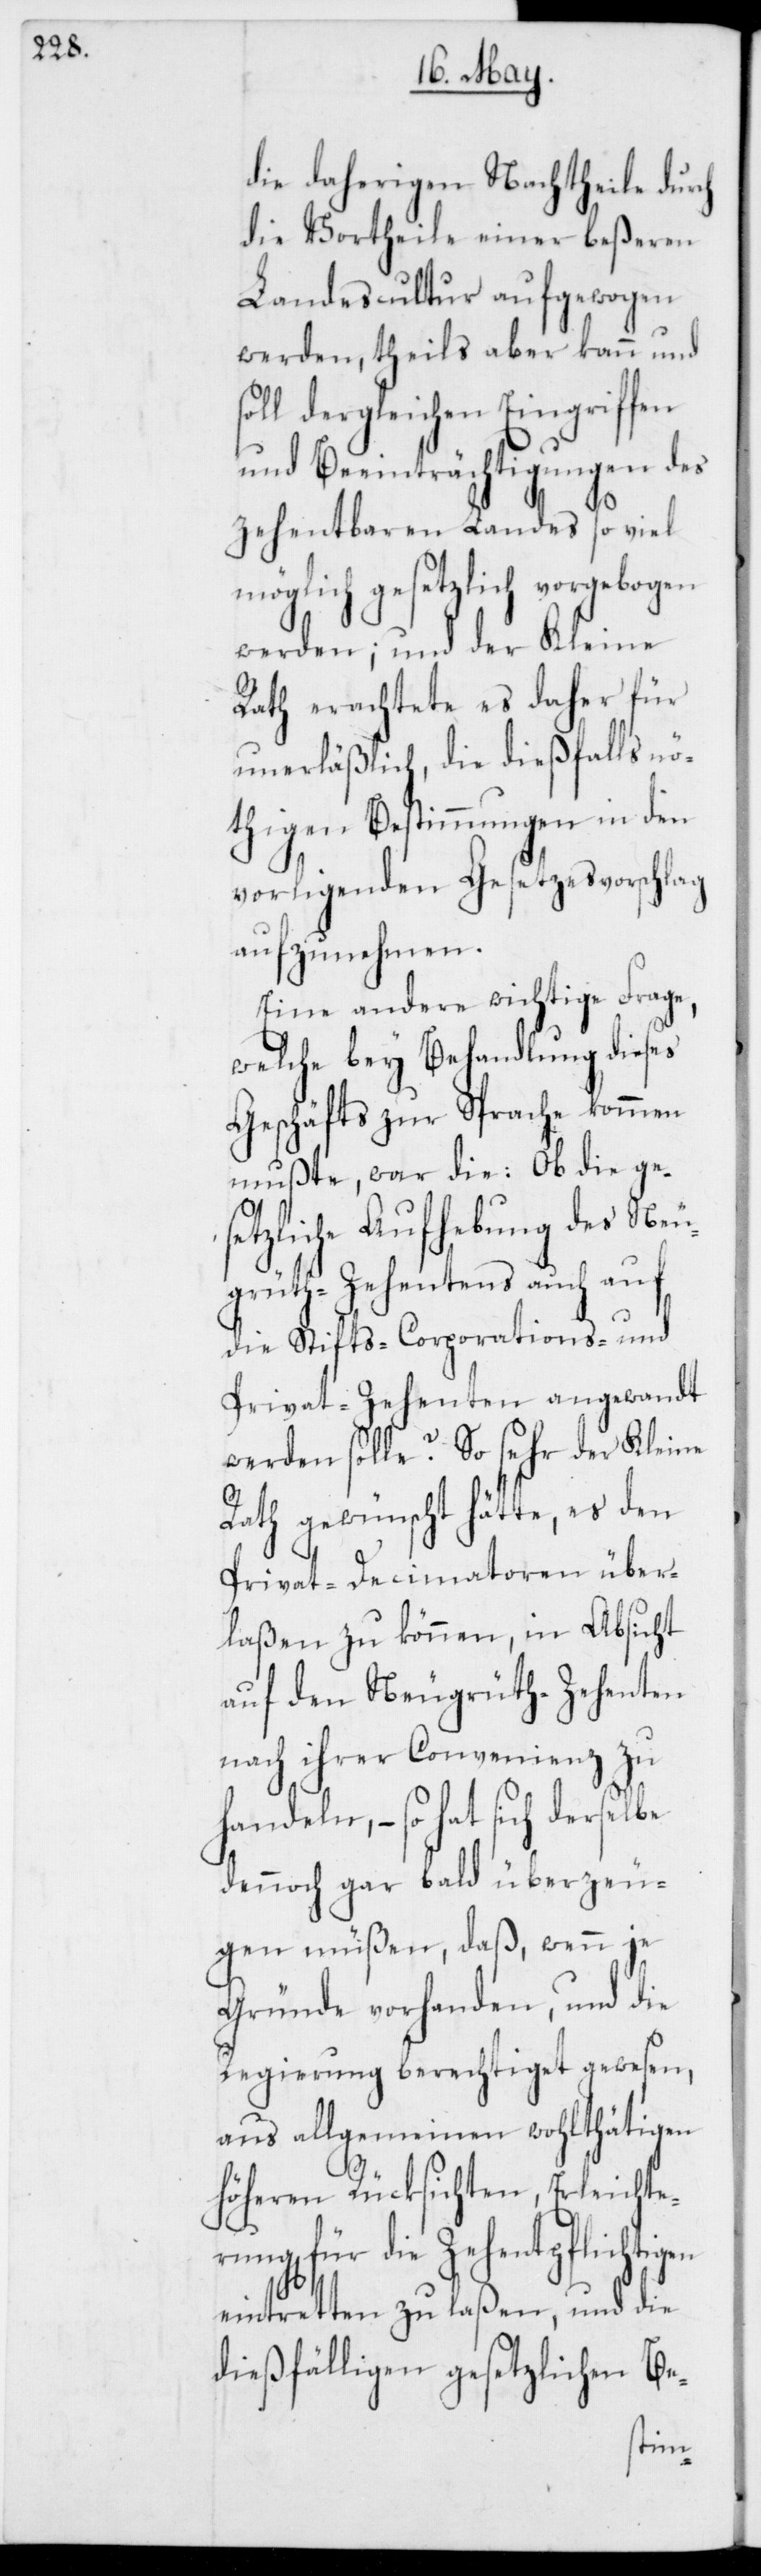
die daherigen Nachtheile durch
die Vortheile einer beßeren
Landescultur aufgewogen
werden, theils aber kann und
soll dergleichen Eingriffen
und Beeinträchtigungen des
zehentbaren Landes so viel
möglich gesetzlich vorgebogen
werden; und der Kleine
Rath erachtete es daher für
unerläßlich, die dießfalls nö¬
thigen Bestimmungen in den
vorligenden Gesetzesvorschlag
aufzunehmen.
Eine andere wichtige Frage,
welche bey Behandlung dieses
Geschäfts zur Sprache kommen
mußte, war die: Ob die ges¬
etzliche Aufhebung des Neu¬
grüth-Zehentens auch auf
die Stifts-[,] Corporations- und
Privat-Zehenten angewandt
werden solle? So sehr der Kleine
Rath gewünscht hätte, es den
Privat-Decimatoren über¬
laßen zu können, in Absicht
auf den Neugrüth-Zehenten
nach ihrer Convenienz zu h¬
andeln, – so hat sich derselbe
dennoch gar bald überzeu¬
gen müßen, daß, wenn je
Gründe vorhanden, und die
Regierung berechtiget gewesen,
aus allgemeinen wohlthätigen
höheren Rücksichten, Erleichte¬
rung für die Zehentpflichtig¬
eintretten zu laßen, und die
dießfälligen gesetzlichen Be-
en